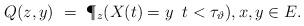
LaTeX: \begin{align*}Q(z,y) ~=~\P_z(X(t) = y \; \; t < \tau_\vartheta), x,y\in E. \end{align*}